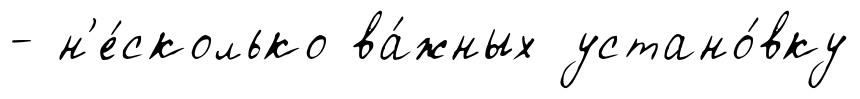
- н'е́сколько ва́жных устано́вку